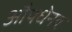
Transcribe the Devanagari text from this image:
औपधेनव